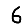
Digit: 6